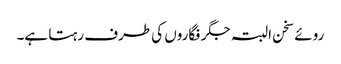
روئے سخن البتہ جگر فگاروں کی طرف رہتا ہے۔